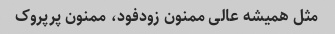
مثل همیشه عالی ممنون زودفود، ممنون پرپروک